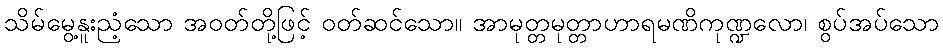
သိမ်မွေ့နူးညံ့သော အဝတ်တို့ဖြင့် ဝတ်ဆင်သော။ အာမုတ္တမုတ္တာဟာရမဏိကုဏ္ဍလော၊ စွပ်အပ်သော